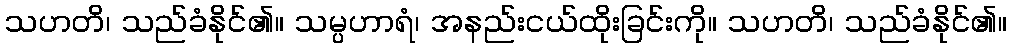
သဟတိ၊ သည်ခံနိုင်၏။ သမ္ပဟာရံ၊ အနည်းငယ်ထိုးခြင်းကို။ သဟတိ၊ သည်ခံနိုင်၏။